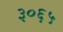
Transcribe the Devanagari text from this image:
३०६५